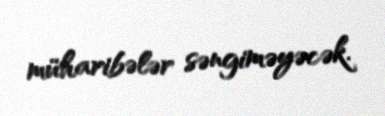
müharibələr səngiməyəcək.